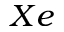
X e